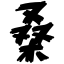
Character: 桑